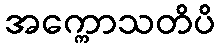
အက္ကောသတိပိ